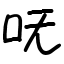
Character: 呒